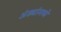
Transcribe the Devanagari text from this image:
अंड्यांमध्ये